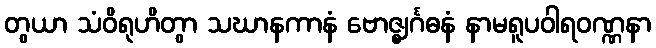
တွယာ သံဝိရုဟိတွာ သဃာနကာနံ ဗောဇ္ဈင်္ဂဓနံ နာမရူပဝါရဝဏ္ဏနာ